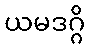
ယမဒဂ္ဂိ